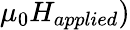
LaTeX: \mu_{0}H_{applied})